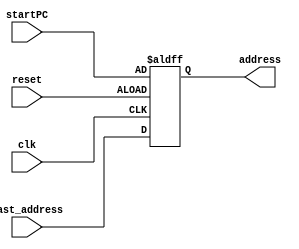
`timescale 1ns / 1ps
//////////////////////////////////////////////////////////////////////////////////
// Company: 
// Engineer: 
// 
// Design Name: 
// Module Name: PC
// Project Name: 
// Target Devices: 
// Tool Versions: 
// Description: 
// 
// Dependencies: 
// 
// Revision:
// Revision 0.01 - File Created
// Additional Comments:
// 
//////////////////////////////////////////////////////////////////////////////////


module PC( clk, reset,last_address,startPC ,address

    );
    
   input clk,reset;
   input [31:0] last_address;
   input [31:0] startPC;
   output reg [31:0]address;
   
   always @(negedge clk or negedge reset)begin
    
    if (reset==1'b0)
    address <= startPC;
    else 
    address <= last_address;
    end
endmodule